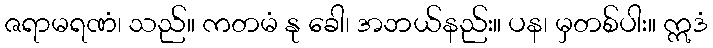
ဇရာမရဏံ၊ သည်။ ကတမံ နု ခေါ၊ အဘယ်နည်း။ ပန၊ မှတစ်ပါး။ ဣဒံ